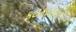
ફટકારાય